Lunatic asylums Central Provinces reports 1910-1926 - 1910-1926
Year: 1910
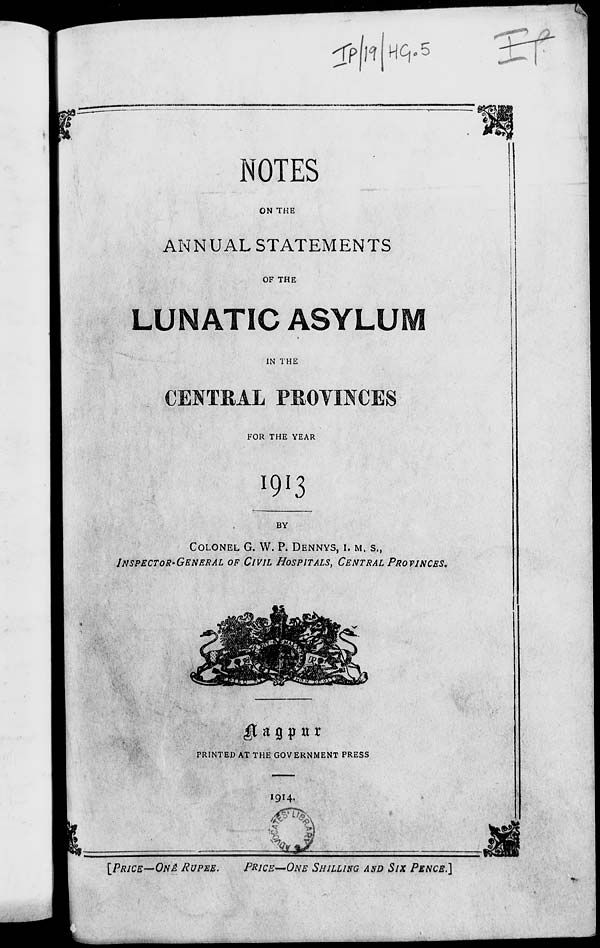
NOTES
ON THE
ANNUAL STATEMENTS
OF THE
LUNATIC ASYLUM
IN THE
CENTRAL PROVINCES
FOR THE YEAR
BY
COLONEL G. W. P. DENNYS, I. M. S.,
INSPECTOR-GENERAL OF CIVIL HOSPITALS, CENTRAL PROVINCES.
Nagpur
PRINTED AT THE GOVERNMENT PRESS
1914.
[PRICE—ONE RUPEE.
PRICE—ONE SHILLING AND SIX PENCE.]